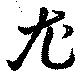
尤